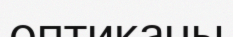
оптиканы